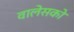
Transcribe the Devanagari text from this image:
वालेसको